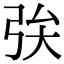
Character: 𢏓